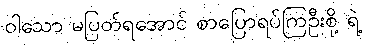
ဝါသော မပြတ်ရအောင် စာပြောရပ်ကြဦးစို့ ရဲ့